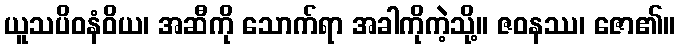
ယူသပိဝနံဝိယ၊ အဆီကို သောက်ရာ အခါကိုကဲ့သို့။ ဇဝနဿ၊ ဇော၏။